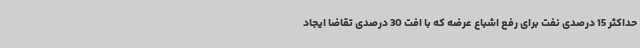
حداکثر 15 درصدی نفت برای رفع اشباع عرضه که با افت 30 درصدی تقاضا ایجاد